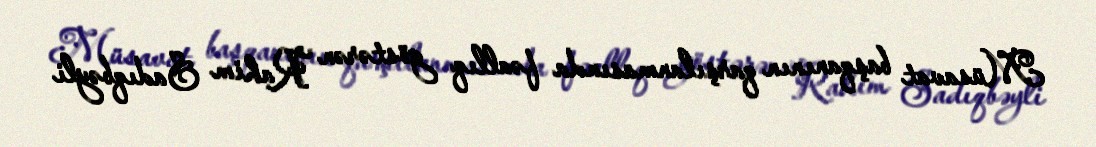
Müsavat başqanının qarşılanmasında fəallıq göstərən Rahim Sadıqbəyli